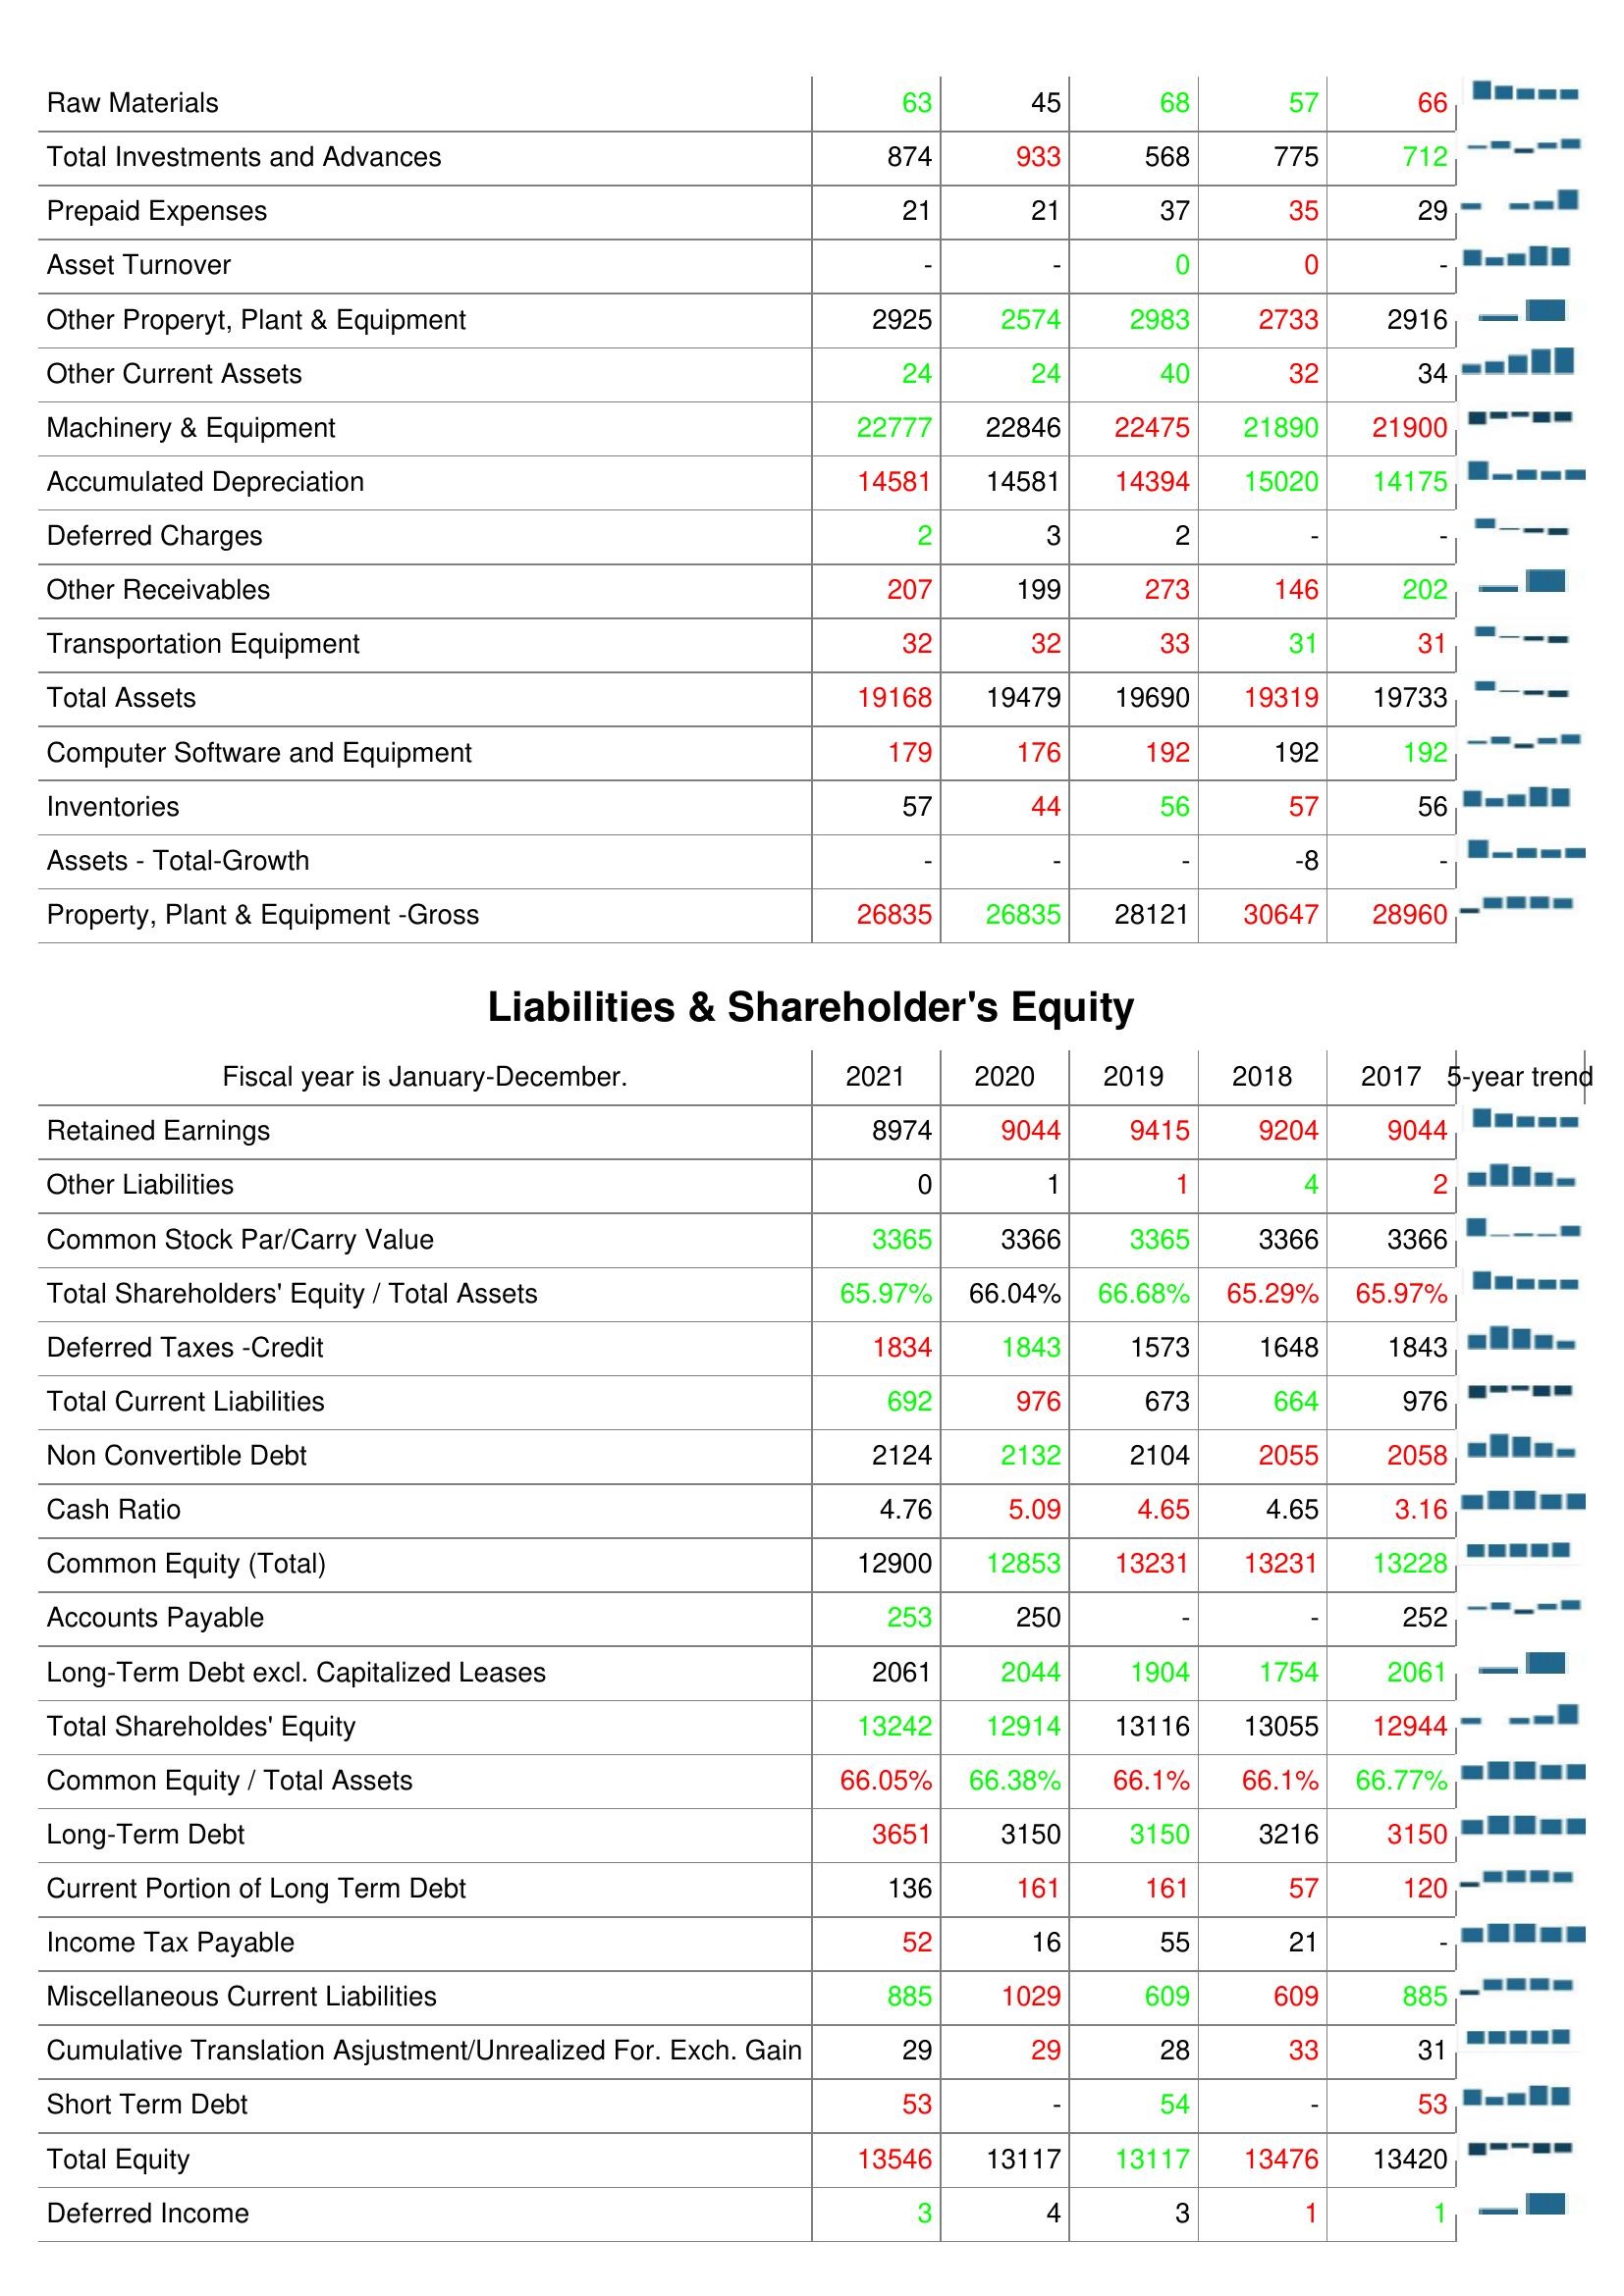
2021: Assets: Raw Materials: 63
Total Investments and Advances: 874
Prepaid Expenses: 21
Asset Turnover: -
Other Properyt, Plant & Equipment: 2925
Other Current Assets: 24
Machinery & Equipment: 22777
Accumulated Depreciation: 14581
Deferred Charges: 2
Other Receivables: 207
Transportation Equipment: 32
Total Assets: 19168
Computer Software and Equipment: 179
Inventories: 57
Assets - Total-Growth: -
Property, Plant & Equipment -Gross: 26835
Liabilities & Shareholder's Equity: Retained Earnings: 8974
Other Liabilities: 0
Common Stock Par/Carry Value: 3365
Total Shareholders' Equity / Total Assets: 65.97%
Deferred Taxes -Credit: 1834
Total Current Liabilities: 692
Non Convertible Debt: 2124
Cash Ratio: 4.76
Common Equity (Total): 12900
Accounts Payable: 253
Long-Term Debt excl. Capitalized Leases: 2061
Total Shareholdes' Equity: 13242
Common Equity / Total Assets: 66.05%
Long-Term Debt: 3651
Current Portion of Long Term Debt: 136
Income Tax Payable: 52
Miscellaneous Current Liabilities: 885
Cumulative Translation Asjustment/Unrealized For. Exch. Gain: 29
Short Term Debt: 53
Total Equity: 13546
Deferred Income: 3
2020: Assets: Raw Materials: 45
Total Investments and Advances: 933
Prepaid Expenses: 21
Asset Turnover: -
Other Properyt, Plant & Equipment: 2574
Other Current Assets: 24
Machinery & Equipment: 22846
Accumulated Depreciation: 14581
Deferred Charges: 3
Other Receivables: 199
Transportation Equipment: 32
Total Assets: 19479
Computer Software and Equipment: 176
Inventories: 44
Assets - Total-Growth: -
Property, Plant & Equipment -Gross: 26835
Liabilities & Shareholder's Equity: Retained Earnings: 9044
Other Liabilities: 1
Common Stock Par/Carry Value: 3366
Total Shareholders' Equity / Total Assets: 66.04%
Deferred Taxes -Credit: 1843
Total Current Liabilities: 976
Non Convertible Debt: 2132
Cash Ratio: 5.09
Common Equity (Total): 12853
Accounts Payable: 250
Long-Term Debt excl. Capitalized Leases: 2044
Total Shareholdes' Equity: 12914
Common Equity / Total Assets: 66.38%
Long-Term Debt: 3150
Current Portion of Long Term Debt: 161
Income Tax Payable: 16
Miscellaneous Current Liabilities: 1029
Cumulative Translation Asjustment/Unrealized For. Exch. Gain: 29
Short Term Debt: -
Total Equity: 13117
Deferred Income: 4
2019: Assets: Raw Materials: 68
Total Investments and Advances: 568
Prepaid Expenses: 37
Asset Turnover: 0
Other Properyt, Plant & Equipment: 2983
Other Current Assets: 40
Machinery & Equipment: 22475
Accumulated Depreciation: 14394
Deferred Charges: 2
Other Receivables: 273
Transportation Equipment: 33
Total Assets: 19690
Computer Software and Equipment: 192
Inventories: 56
Assets - Total-Growth: -
Property, Plant & Equipment -Gross: 28121
Liabilities & Shareholder's Equity: Retained Earnings: 9415
Other Liabilities: 1
Common Stock Par/Carry Value: 3365
Total Shareholders' Equity / Total Assets: 66.68%
Deferred Taxes -Credit: 1573
Total Current Liabilities: 673
Non Convertible Debt: 2104
Cash Ratio: 4.65
Common Equity (Total): 13231
Accounts Payable: -
Long-Term Debt excl. Capitalized Leases: 1904
Total Shareholdes' Equity: 13116
Common Equity / Total Assets: 66.1%
Long-Term Debt: 3150
Current Portion of Long Term Debt: 161
Income Tax Payable: 55
Miscellaneous Current Liabilities: 609
Cumulative Translation Asjustment/Unrealized For. Exch. Gain: 28
Short Term Debt: 54
Total Equity: 13117
Deferred Income: 3
2018: Assets: Raw Materials: 57
Total Investments and Advances: 775
Prepaid Expenses: 35
Asset Turnover: 0
Other Properyt, Plant & Equipment: 2733
Other Current Assets: 32
Machinery & Equipment: 21890
Accumulated Depreciation: 15020
Deferred Charges: -
Other Receivables: 146
Transportation Equipment: 31
Total Assets: 19319
Computer Software and Equipment: 192
Inventories: 57
Assets - Total-Growth: -8
Property, Plant & Equipment -Gross: 30647
Liabilities & Shareholder's Equity: Retained Earnings: 9204
Other Liabilities: 4
Common Stock Par/Carry Value: 3366
Total Shareholders' Equity / Total Assets: 65.29%
Deferred Taxes -Credit: 1648
Total Current Liabilities: 664
Non Convertible Debt: 2055
Cash Ratio: 4.65
Common Equity (Total): 13231
Accounts Payable: -
Long-Term Debt excl. Capitalized Leases: 1754
Total Shareholdes' Equity: 13055
Common Equity / Total Assets: 66.1%
Long-Term Debt: 3216
Current Portion of Long Term Debt: 57
Income Tax Payable: 21
Miscellaneous Current Liabilities: 609
Cumulative Translation Asjustment/Unrealized For. Exch. Gain: 33
Short Term Debt: -
Total Equity: 13476
Deferred Income: 1
2017: Assets: Raw Materials: 66
Total Investments and Advances: 712
Prepaid Expenses: 29
Asset Turnover: -
Other Properyt, Plant & Equipment: 2916
Other Current Assets: 34
Machinery & Equipment: 21900
Accumulated Depreciation: 14175
Deferred Charges: -
Other Receivables: 202
Transportation Equipment: 31
Total Assets: 19733
Computer Software and Equipment: 192
Inventories: 56
Assets - Total-Growth: -
Property, Plant & Equipment -Gross: 28960
Liabilities & Shareholder's Equity: Retained Earnings: 9044
Other Liabilities: 2
Common Stock Par/Carry Value: 3366
Total Shareholders' Equity / Total Assets: 65.97%
Deferred Taxes -Credit: 1843
Total Current Liabilities: 976
Non Convertible Debt: 2058
Cash Ratio: 3.16
Common Equity (Total): 13228
Accounts Payable: 252
Long-Term Debt excl. Capitalized Leases: 2061
Total Shareholdes' Equity: 12944
Common Equity / Total Assets: 66.77%
Long-Term Debt: 3150
Current Portion of Long Term Debt: 120
Income Tax Payable: -
Miscellaneous Current Liabilities: 885
Cumulative Translation Asjustment/Unrealized For. Exch. Gain: 31
Short Term Debt: 53
Total Equity: 13420
Deferred Income: 1